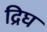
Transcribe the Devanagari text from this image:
द्रिघ